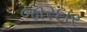
જારદાર